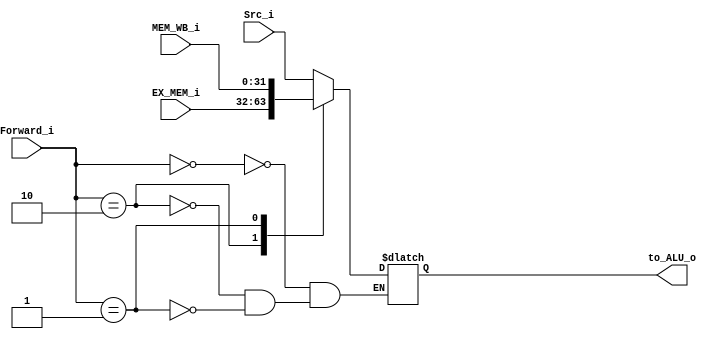
module MUXFoward
(
    Forward_i,
    Src_i,
    EX_MEM_i,
    MEM_WB_i,
    to_ALU_o
);
input  [31:0]   Src_i,EX_MEM_i,MEM_WB_i;
input  [1:0]    Forward_i;
output [31:0]   to_ALU_o;

reg   [31:0]    to_ALUdata;

assign to_ALU_o = to_ALUdata; 

always @(*)
begin
	case (Forward_i)
		2'b00: 
            to_ALUdata = Src_i;
		2'b10: 
            to_ALUdata = EX_MEM_i;
		2'b01: 
            to_ALUdata = MEM_WB_i;
	endcase
end
endmodule